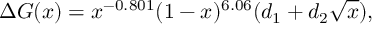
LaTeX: \Delta G ( x ) = x ^ { - 0 . 8 0 1 } ( 1 - x ) ^ { 6 . 0 6 } ( d _ { 1 } + d _ { 2 } \sqrt { x } ) ,